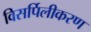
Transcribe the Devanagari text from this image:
विसर्पिलीकरण